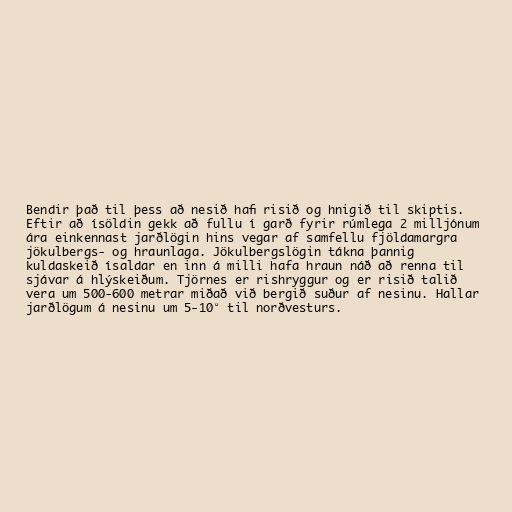
Bendir það til þess að nesið hafi risið og hnigið til skiptis.
Eftir að ísöldin gekk að fullu í garð fyrir rúmlega 2 milljónum
ára einkennast jarðlögin hins vegar af samfellu fjöldamargra
jökulbergs- og hraunlaga. Jökulbergslögin tákna þannig
kuldaskeið ísaldar en inn á milli hafa hraun náð að renna til
sjávar á hlýskeiðum. Tjörnes er rishryggur og er risið talið
vera um 500-600 metrar miðað við bergið suður af nesinu. Hallar
jarðlögum á nesinu um 5-10° til norðvesturs.